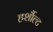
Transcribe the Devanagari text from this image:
हर्शौल्ट